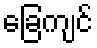
ခြေကျင်